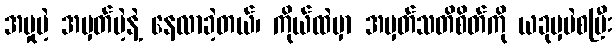
အမှုမဲ့ အမှတ်မဲ့နဲ့ နေလာခဲ့တယ်၊ ကိုယ်ထဲမှာ အမှတ်သတိစိတ်ကို ယခုမှပဲစပြီး